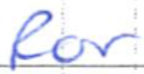
Text: for
Cross-out: clean
Writing tool: ballpoint